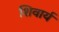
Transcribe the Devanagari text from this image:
शिवार्य